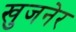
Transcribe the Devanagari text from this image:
खुजनेर